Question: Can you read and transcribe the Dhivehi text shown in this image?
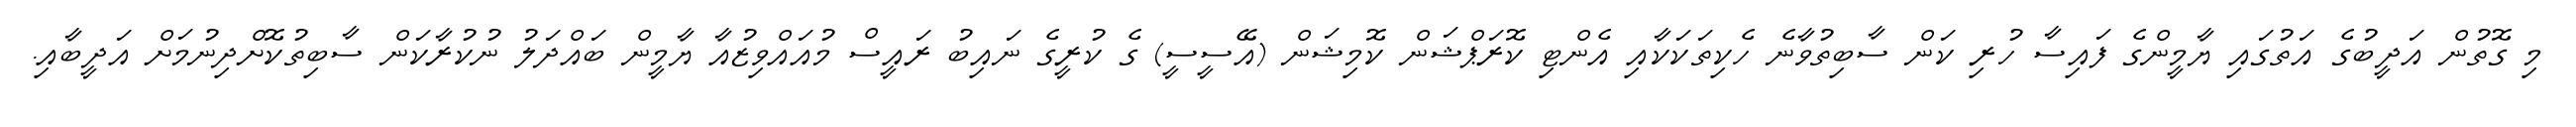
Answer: މި ގޮތުން އަދީބުގެ އަތުގައި ޔާމީންގެ ފައިސާ ހުރި ކަން ސާބިތުވާނެ ހެކިތަކަކާއި އެންޓި ކޮރަޕްޝަން ކޮމިޝަން (އޭސީސީ) ގެ ކުރީގެ ނައިބު ރައީސް މުއައްވިޒުއާ ޔާމީން ބައްދަލު ނުކުރާކަން ސާބިތުކޮށްދިނުމަށް އަދީބާއި.